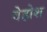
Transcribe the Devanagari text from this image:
वेहोश